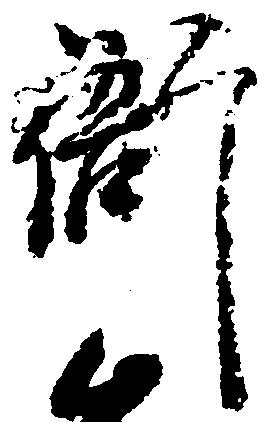
衙